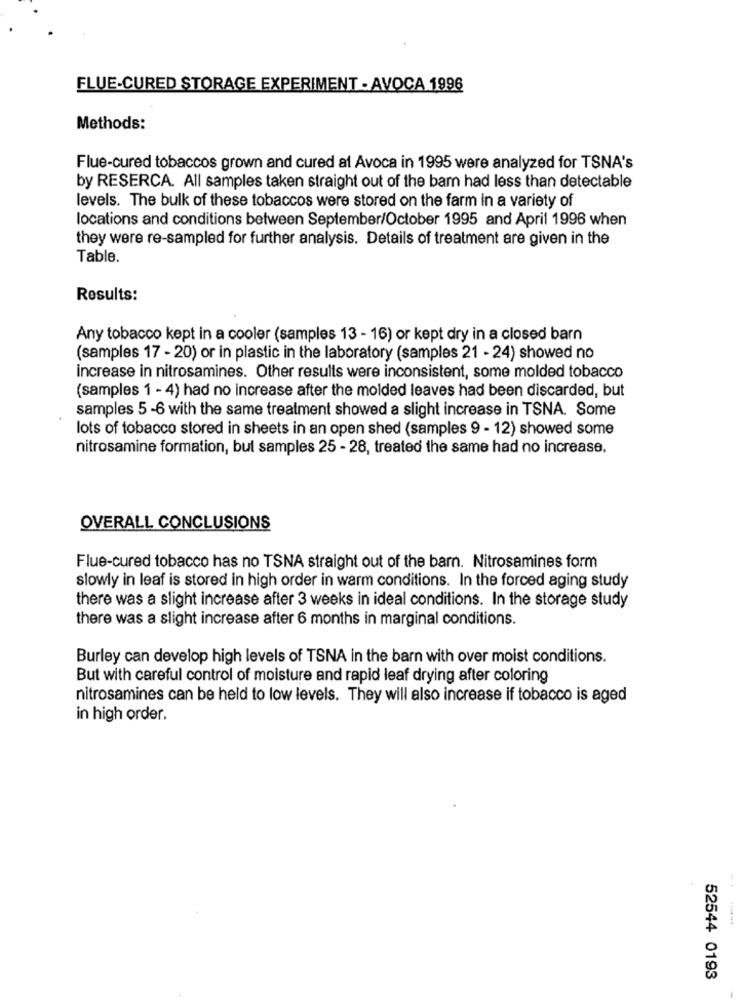
FLUE-CURED STORAGE EXPERIMENT - AVOCA 1996
Methods:
Flue-cured tobaccos grown and cured at Avoca in 1995 were analyzed for TSNA's
by RESERCA. All samples taken straight out of the bam had less than detectable
levels. The bulk of these tobaccos were stored on the farm in a variety of
locations and conditions between September/October 1995 and April 1996 when
they were re-sampled for further analysis. Details of treatment are given in the
Table.
Results:
Any tobacco kept in a cooler (samples 13 - 16) or kept dry in a closed barn
(samples 17 - 20) or in plastic in the laboratory (samples 21 - 24) showed no
increase in nitrosamines. Other results were inconsistent, some molded tobacco
(samples 1 - 4) had no increase after the molded leaves had been discarded, but
samples 5 -6 with the same treatment showed a slight increase in TSNA. Some
lots of tobacco stored in sheets in an open shed (samples 9 - 12) showed some
nitrosamine formation, bul samples 25 - 28, treated the same had no increase.
OVERALL CONCLUSIONS
Flue-cured tobacco has no TSNA straight out of the barn. Nitrosamines form
slowly in leaf is stored in high order in warm conditions. In the forced aging study
there was a slight increase after 3 weeks in ideal conditions. In the storage study
there was a slight increase after 6 months in marginal conditions.
Burley can develop high levels of TSNA in the barn with over moist conditions.
But with careful control of moisture and rapid leaf drying after coloring
nitrosamines can be held to low levels. They will also increase if tobacco is aged
in high order.
52544 0193